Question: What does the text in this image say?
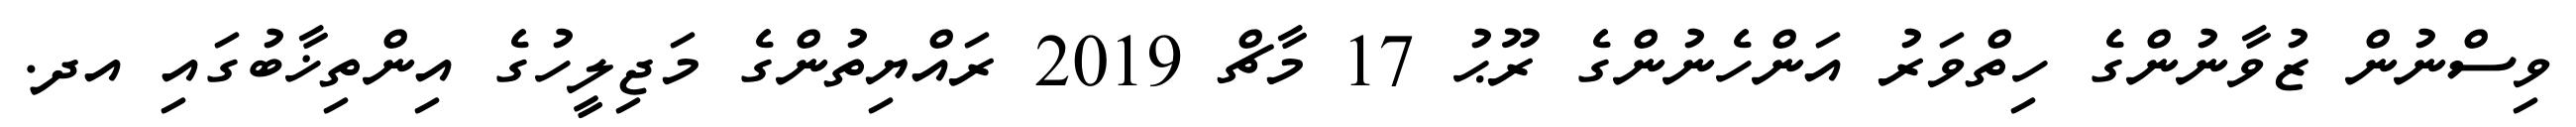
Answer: ވިސްނުން ޒުވާނުންގެ ހިތްވަރު އަންހެނުންގެ ރޫޙު 17 މާޗް 2019 ރައްޔިތުންގެ މަޖިލީހުގެ އިންތިޚާބުގައި އދ.